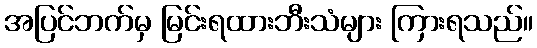
အပြင်ဘက်မှ မြင်းရထားဘီးသံများ ကြားရသည်။